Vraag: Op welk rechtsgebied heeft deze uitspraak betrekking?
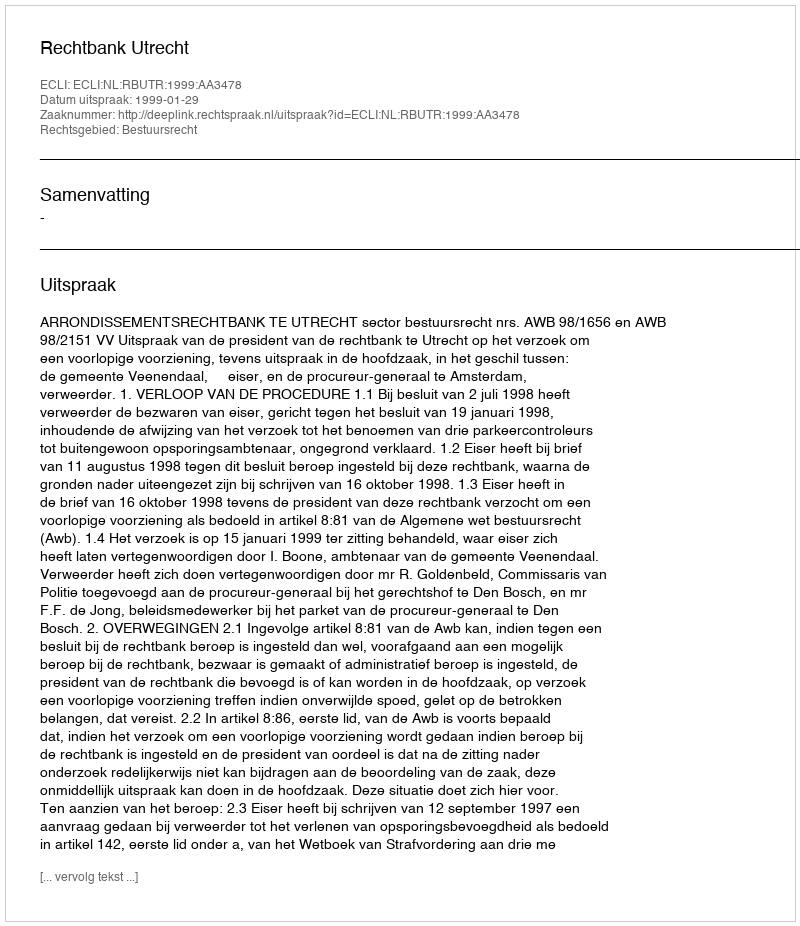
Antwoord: Bestuursrecht